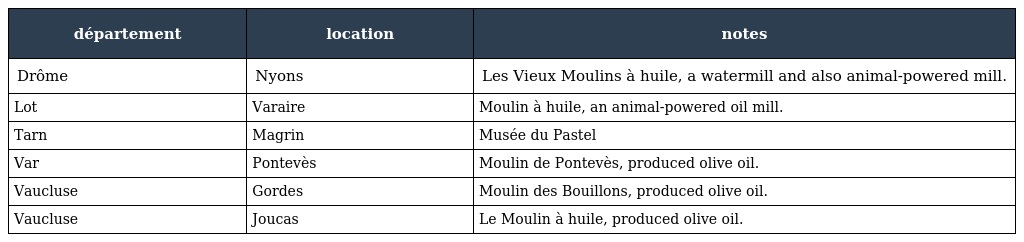
| département | location | notes |
 | --- | --- | --- |
 | Drôme | Nyons | Les Vieux Moulins à huile, a watermill and also animal-powered mill. |
 | Lot | Varaire | Moulin à huile, an animal-powered oil mill. |
 | Tarn | Magrin | Musée du Pastel |
 | Var | Pontevès | Moulin de Pontevès, produced olive oil. |
 | Vaucluse | Gordes | Moulin des Bouillons, produced olive oil. |
 | Vaucluse | Joucas | Le Moulin à huile, produced olive oil. |